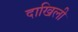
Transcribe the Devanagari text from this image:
दाखिली